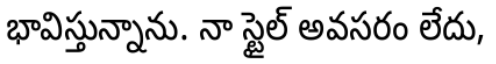
భావిస్తున్నాను. నా స్టైల్ అవసరం లేదు,